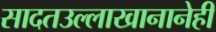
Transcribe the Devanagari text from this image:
सादतउल्लाखानानेही